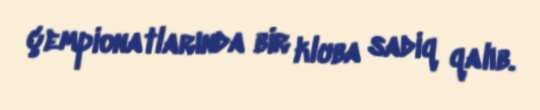
çempionatlarında bir kluba sadiq qalıb.